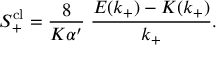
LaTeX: S _ { + } ^ { \mathrm { c l } } = \frac { 8 } { K \alpha ^ { \prime } } \; \frac { E ( k _ { + } ) - K ( k _ { + } ) } { k _ { + } } .